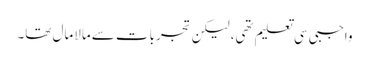
واجبی سی تعلیم تھی، لیکن تجربات سے مالامال تھا۔